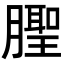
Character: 𬂒